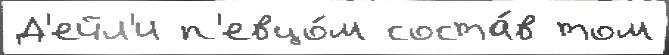
Д'ейл'и п'евцо́м соста́в том